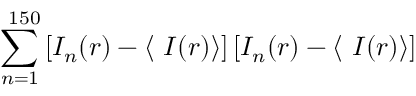
\sum _ { n = 1 } ^ { \ 1 5 0 } \left[ I _ { n } ( r ) - \langle \ I ( r ) \right\rangle ] \left[ I _ { n } ( r ) - \langle \ I ( r ) \right\rangle ]